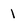
Character: 1